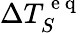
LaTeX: \Delta T_{S}^{\mathrm{~e~q~}}